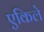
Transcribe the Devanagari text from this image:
एकिले